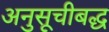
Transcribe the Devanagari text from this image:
अनुसूचीबद्ध